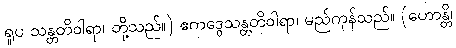
ရူပ သန္တတိဝါရာ၊ တို့သည်။) ဧကဒွေသန္တတိဝါရာ၊ မည်ကုန်သည်။ (ဟောန္တိ၊